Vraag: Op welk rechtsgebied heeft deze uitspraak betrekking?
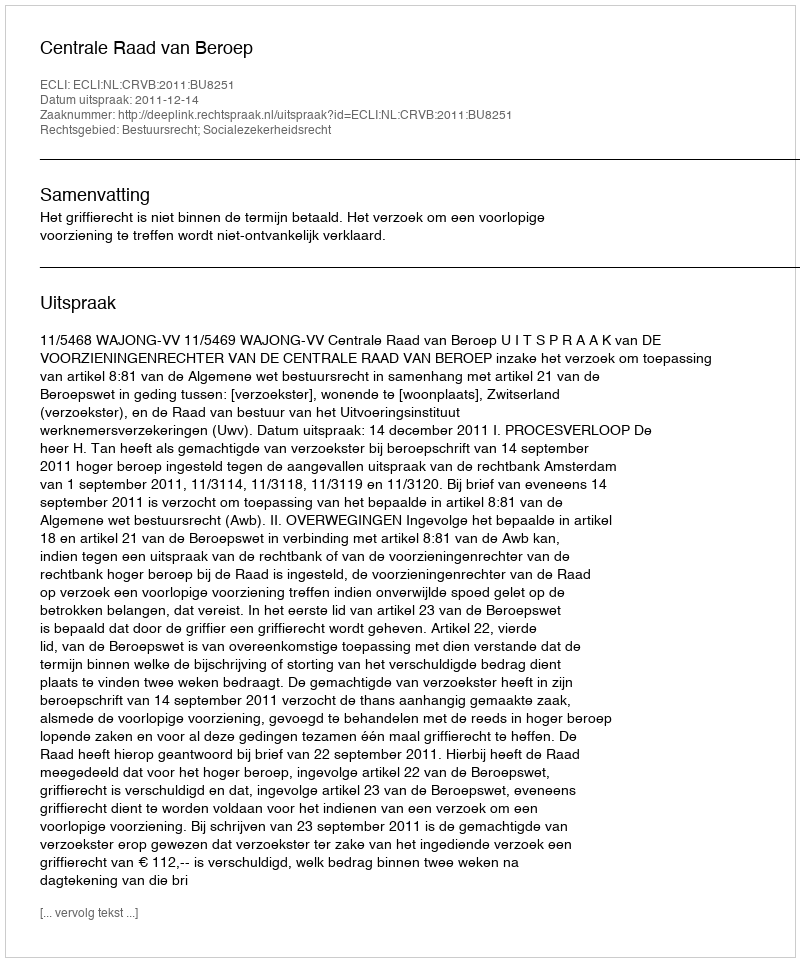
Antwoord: Bestuursrecht; Socialezekerheidsrecht